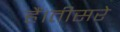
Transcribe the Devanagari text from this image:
हैं।तीसरे